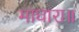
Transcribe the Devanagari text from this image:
माघारा॥